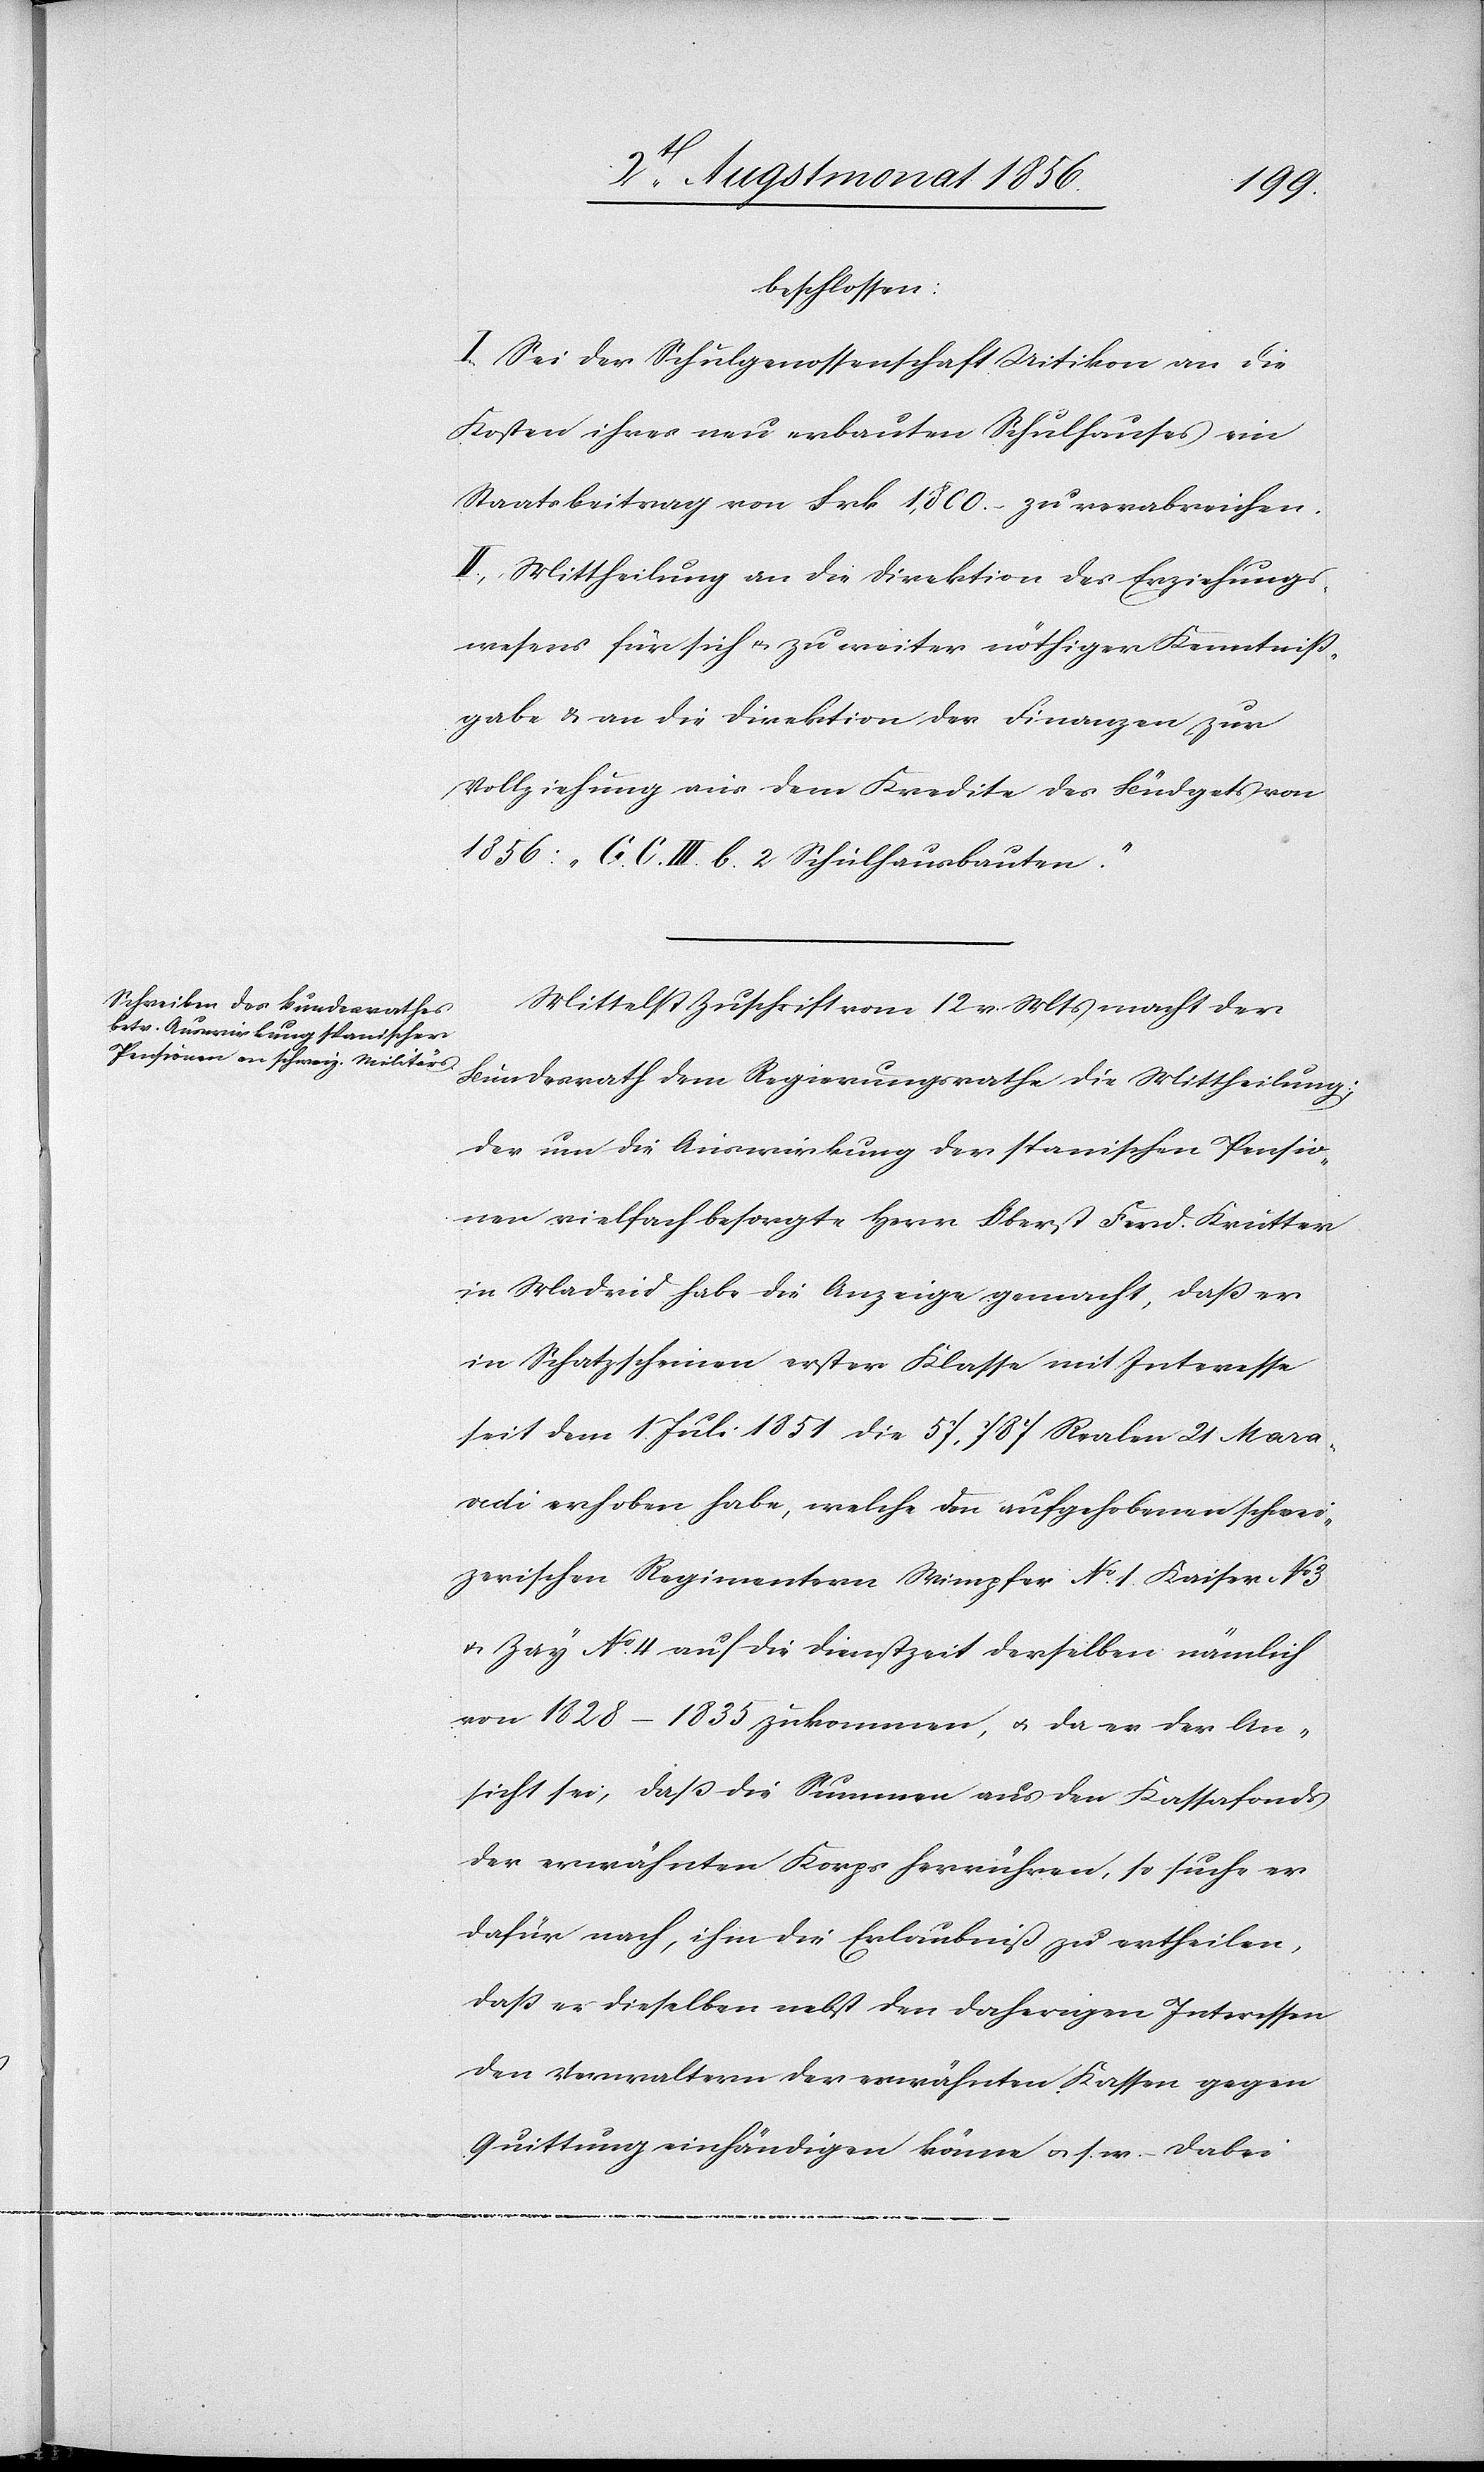
beschlossen:
I.) Sei der Schulgenossenschaft Uitikon an die
Kosten ihres neu erbauten Schulhauses ein
Staatsbeitrag von Frk. 1,800. – zu verabreichen.
II.) Mittheilung an die Direktion des Erziehungs¬
wesens für sich u. zu weiter nöthiger Kenntniss¬
gabe & an die Direktion der Finanzen zur
Vollziehung aus dem Kredite des Büdgets von
1856: "G. C. III. b. 2 Schulhausbauten."
Mittelst Zuschrift vom 12 v. Mts macht der
Bundesrath dem Regierungsrathe die Mittheilung:
Der um die Auswirkung der spanischen Pensio¬
nen vielfach besorgte Herr Oberst Ferd. Krutter
in Madrid habe die Anzeige gemacht, dass er
in Schatzscheinen erster Klasse mit Interesse
seit dem 1. Juli 1851 die 57,787 Realen 21 Mara¬
vedi erhoben habe, welche den aufgehobenen schwei¬
zerischen Regimentern Wimpfer No 1 Kaiser No 3
u. Zay No 4 auf die Dienstzeit derselben nämlich
von 1828–1835 zukommen, u. da er der An¬
sicht sei, dass die Summen aus den Kassafonds
der erwähnten Korps herrühren, so suche er
dafür nach, ihm die Erlaubniß zu ertheilen,
dass er dieselben nebst den daherigen Interessen
den Verwaltern der erwähnten Kassen gegen
Quittung einhändigen könne u s. w. – Dabei